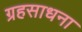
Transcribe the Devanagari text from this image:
ग्रहसाधना